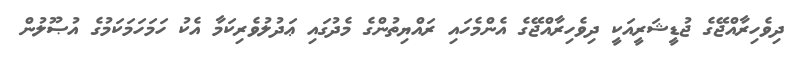
ދިވެހިރާއްޖޭގެ ޖުޑީޝަރީއަކީ ދިވެހިރާއްޖޭގެ އެންމެހައި ރައްޔިތުންގެ މެދުގައި ޢަދުލުވެރިކަމާ އެކު ހަމަހަމަކަމުގެ އުޞޫލުން